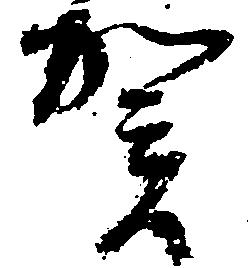
賀